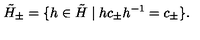
\tilde { H } _ { \pm } = \{ h \in \tilde { H } \mid h c _ { \pm } h ^ { - 1 } = c _ { \pm } \} .